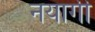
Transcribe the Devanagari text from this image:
नयागी